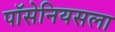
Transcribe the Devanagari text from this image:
पॉसेनियसला